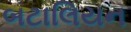
બટાલિયન